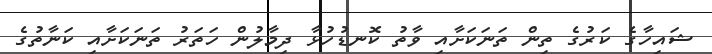
ޝައިހާގެ ކަރުގެ ތިން ތަނަކަށާއި ވާތު ކޮނޑުހުޅާ ދިމާލުން ހަތަރު ތަނަކަށާއި ކަނާތުގެ